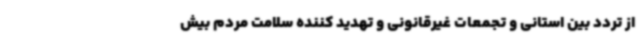
از تردد بین استانی و تجمعات غیرقانونی و تهدید کننده سلامت مردم بیش